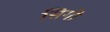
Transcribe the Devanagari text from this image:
सिगी